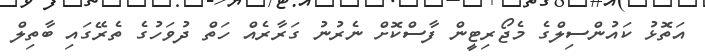
އަތޮޅު ކައުންސިލްގެ މެޖޯރިޓީން ފާސްކޮށް ނެރުނު ގަރާރެއް ހަތް ދުވަހުގެ ތެރޭގައި ބާތިލް